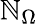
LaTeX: \mathbb{N}_{\Omega}